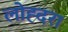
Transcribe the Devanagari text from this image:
लोह्दरा